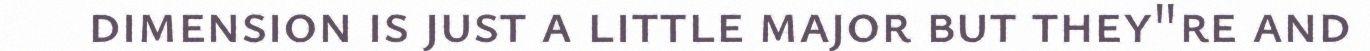
dimension is just a little major but they"re and